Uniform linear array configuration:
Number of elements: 12
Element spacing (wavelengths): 0.25
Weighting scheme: blackman
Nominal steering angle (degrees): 60
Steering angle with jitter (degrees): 60.512
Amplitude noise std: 0.05
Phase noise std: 0.05

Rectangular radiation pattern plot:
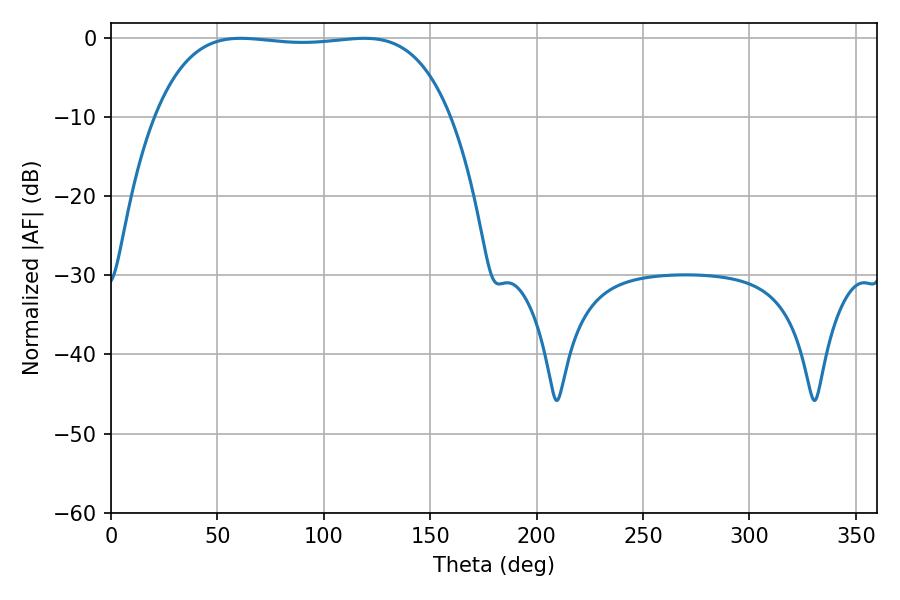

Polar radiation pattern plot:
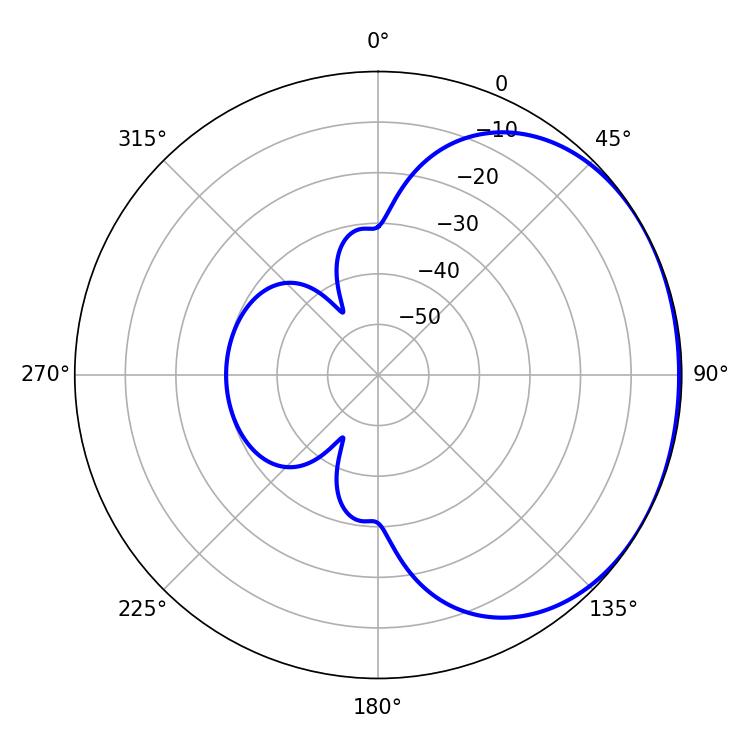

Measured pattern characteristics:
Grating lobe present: FALSE
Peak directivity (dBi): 1.108
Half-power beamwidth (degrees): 109.44
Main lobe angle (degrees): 61.02